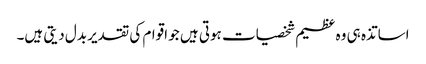
اساتذہ ہی وہ عظیم شخصیات ہوتی ہیں جو اقوام کی تقدیر بدل دیتی ہیں۔